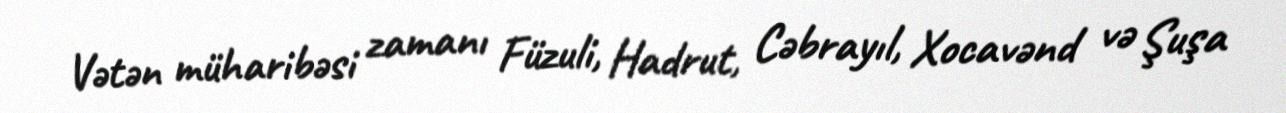
Vətən müharibəsi zamanı Füzuli, Hadrut, Cəbrayıl, Xocavənd və Şuşa